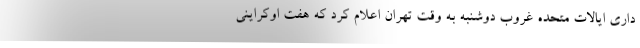
داری ایالات متحده غروب دوشنبه به وقت تهران اعلام کرد که هفت اوکراینی